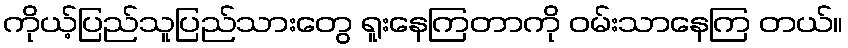
ကိုယ့်ပြည်သူပြည်သားတွေ ရူးနေကြတာကို ဝမ်းသာနေကြ တယ်။